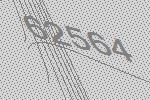
62564